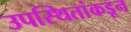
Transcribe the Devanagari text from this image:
उपस्थितांकडून